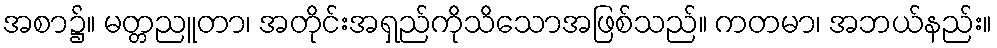
အစာ၌။ မတ္တညူတာ၊ အတိုင်းအရှည်ကိုသိသောအဖြစ်သည်။ ကတမာ၊ အဘယ်နည်း။